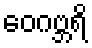
ဝေဂဗ္ဘရိ